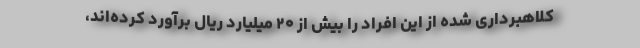
کلاهبرداری شده از این افراد را بیش از ۲۰ میلیارد ریال برآورد کرده‌اند،